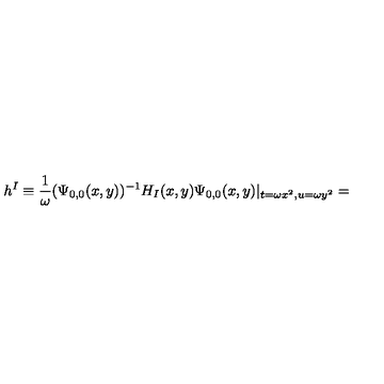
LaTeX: h ^ { I } \equiv \frac { 1 } { \omega } ( \Psi _ { 0 , 0 } ( x , y ) ) ^ { - 1 } H _ { I } ( x , y ) \Psi _ { 0 , 0 } ( x , y ) | _ { t = \omega x ^ { 2 } , u = \omega y ^ { 2 } } =